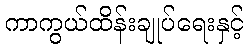
ကာကွယ်ထိန်းချုပ်ရေးနှင့်